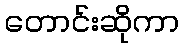
တောင်းဆိုကာ